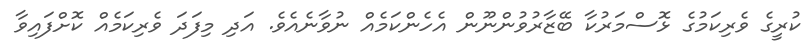
ކުރީގެ ވެރިކަމުގެ ޅޮސްމަރުކާ ބޭޒާރުވުންނޫން އެހެންކަމެއް ނުވާނެއެވެ. އަދި މިފަދަ ވެރިކަމެއް ކޮށްފައިވާ